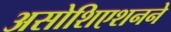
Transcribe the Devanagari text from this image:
असोशिएशनने